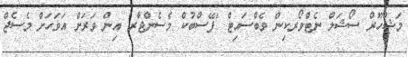
މަޝްހޫރް ސޯޝަލް ނެޓްވޯރކިން ވެބްސައިޓް 'ފޭސްބުކް މެސެންޖާރ' އިން ވަރަށް އަވަހަށް މެސެޖް